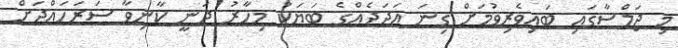
މި ޖަލްސާގައި ބައިވެރިވުމަށް ގިނަ އަދަދެއްގެ ބަޔަކު މިހާރު ދަނީ ކާނިވާ ސަރަހައްދަށް